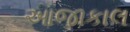
આજાકાલ